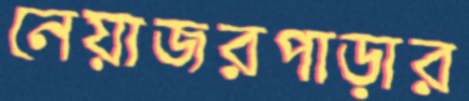
নেয়াজরপাড়ার